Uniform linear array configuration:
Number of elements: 24
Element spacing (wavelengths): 1
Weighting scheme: binomial
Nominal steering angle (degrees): -30
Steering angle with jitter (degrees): -31.738
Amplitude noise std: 0.05
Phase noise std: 0.05

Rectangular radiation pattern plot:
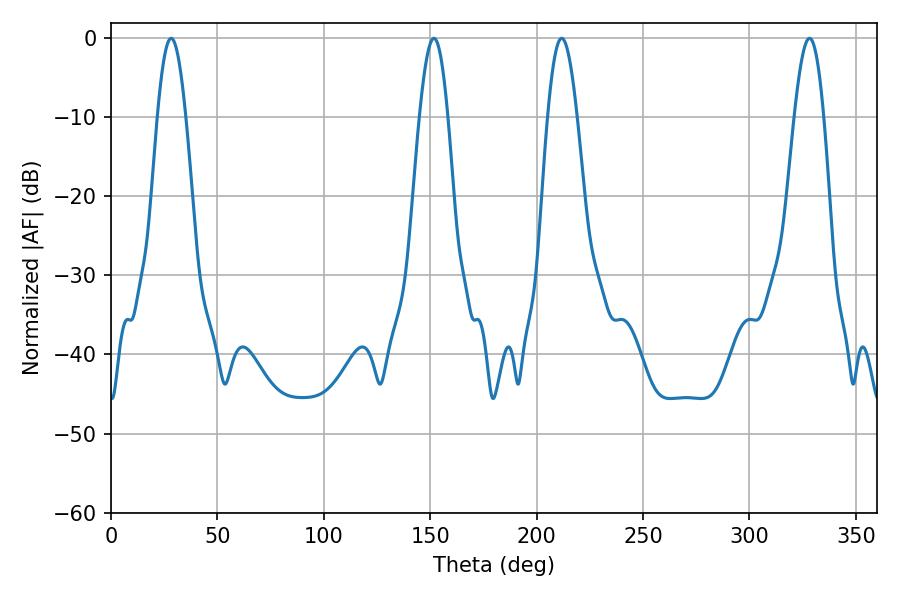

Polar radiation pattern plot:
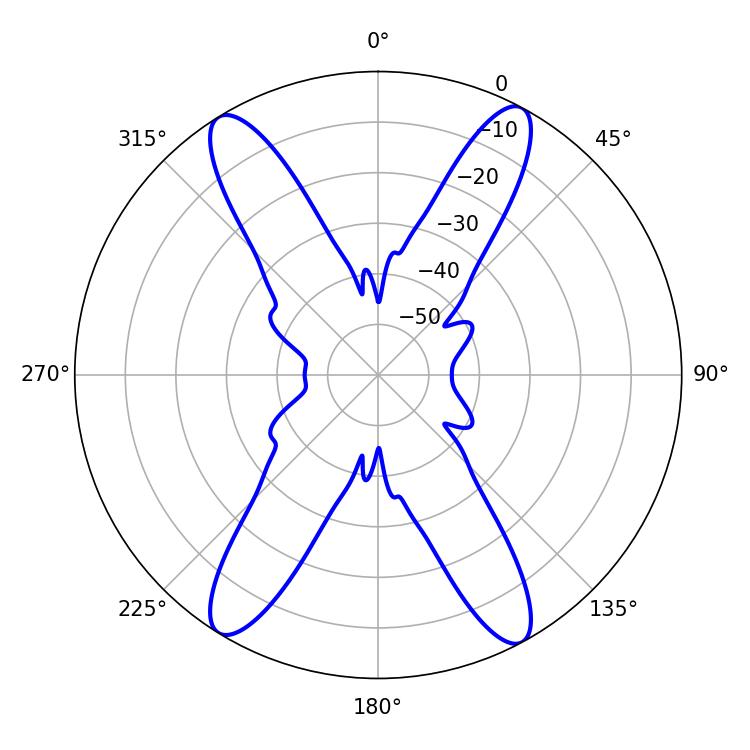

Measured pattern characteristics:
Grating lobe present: TRUE
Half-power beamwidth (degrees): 7.2
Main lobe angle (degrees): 28.26